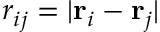
r _ { i j } = | \mathbf { r } _ { i } - \mathbf { r } _ { j } |